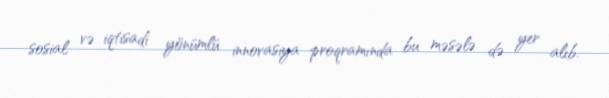
sosial və iqtisadi yönümlü innovasiya proqramında bu məsələ də yer alıb.